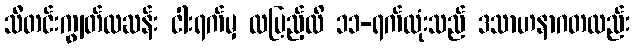
သီတင်းကျွတ်လဆန်း ငါးရက်မှ လပြည့်ထိ ၁၁-ရက်လုံးသည် ဒသာဟနာဂတလည်း